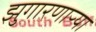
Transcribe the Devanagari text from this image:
झुगारणाऱ्या